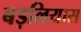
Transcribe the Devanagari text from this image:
बड़लियास